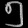
Digit: ၅